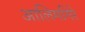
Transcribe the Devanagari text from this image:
आलिमगिरे